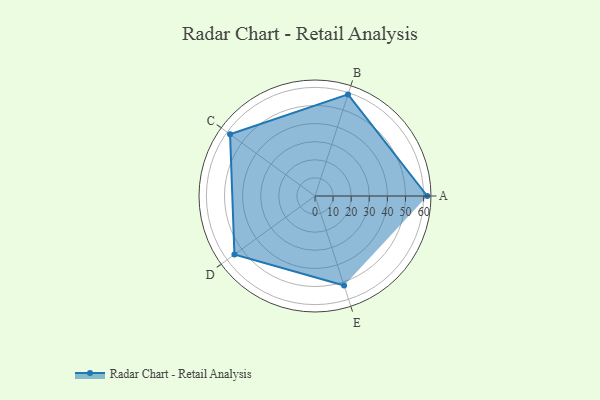
{"axis": {"x": "Skill", "y": "Score"}, "legend": ["Profile"], "data": [{"x": "A", "y": 62.0, "type": "Profile"}, {"x": "B", "y": 59.0, "type": "Profile"}, {"x": "C", "y": 58.0, "type": "Profile"}, {"x": "D", "y": 55.0, "type": "Profile"}, {"x": "E", "y": 52.0, "type": "Profile"}]}